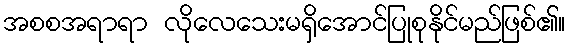
အစစအရာရာ လိုလေသေးမရှိအောင်ပြုစုနိုင်မည်ဖြစ်၏။